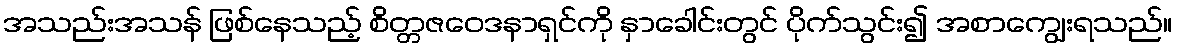
အသည်းအသန် ဖြစ်နေသည့် စိတ္တဇဝေဒနာရှင်ကို နှာခေါင်းတွင် ပိုက်သွင်း၍ အစာကျွေးရသည်။